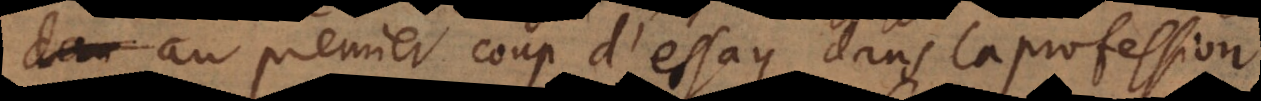
au premier coup d’essay dans la profession